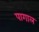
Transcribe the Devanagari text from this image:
पागाल